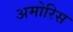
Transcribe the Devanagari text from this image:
अमोरिस